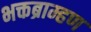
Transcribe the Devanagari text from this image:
भक्तब्राम्हण